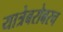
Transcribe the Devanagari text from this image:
यात्रेबरोबरच